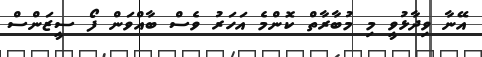
އޭނާ ވިދާޅުވީ މި މުބާރާތް ކޮންމެ އަހަރު ވެސް ބާއްވަން ފޯ ސީޒަންސް